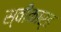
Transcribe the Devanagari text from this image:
स्वीकार्ह